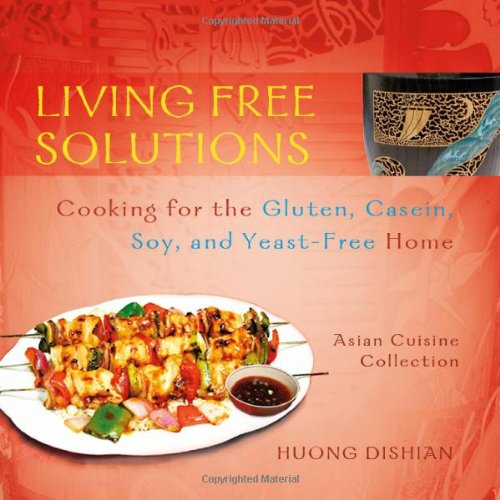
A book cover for Living Free Solutions: Cooking for the Gluten, Dairy, Soy and Yeast-Free Home; Huong Dishian; Health, Fitness & Dieting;